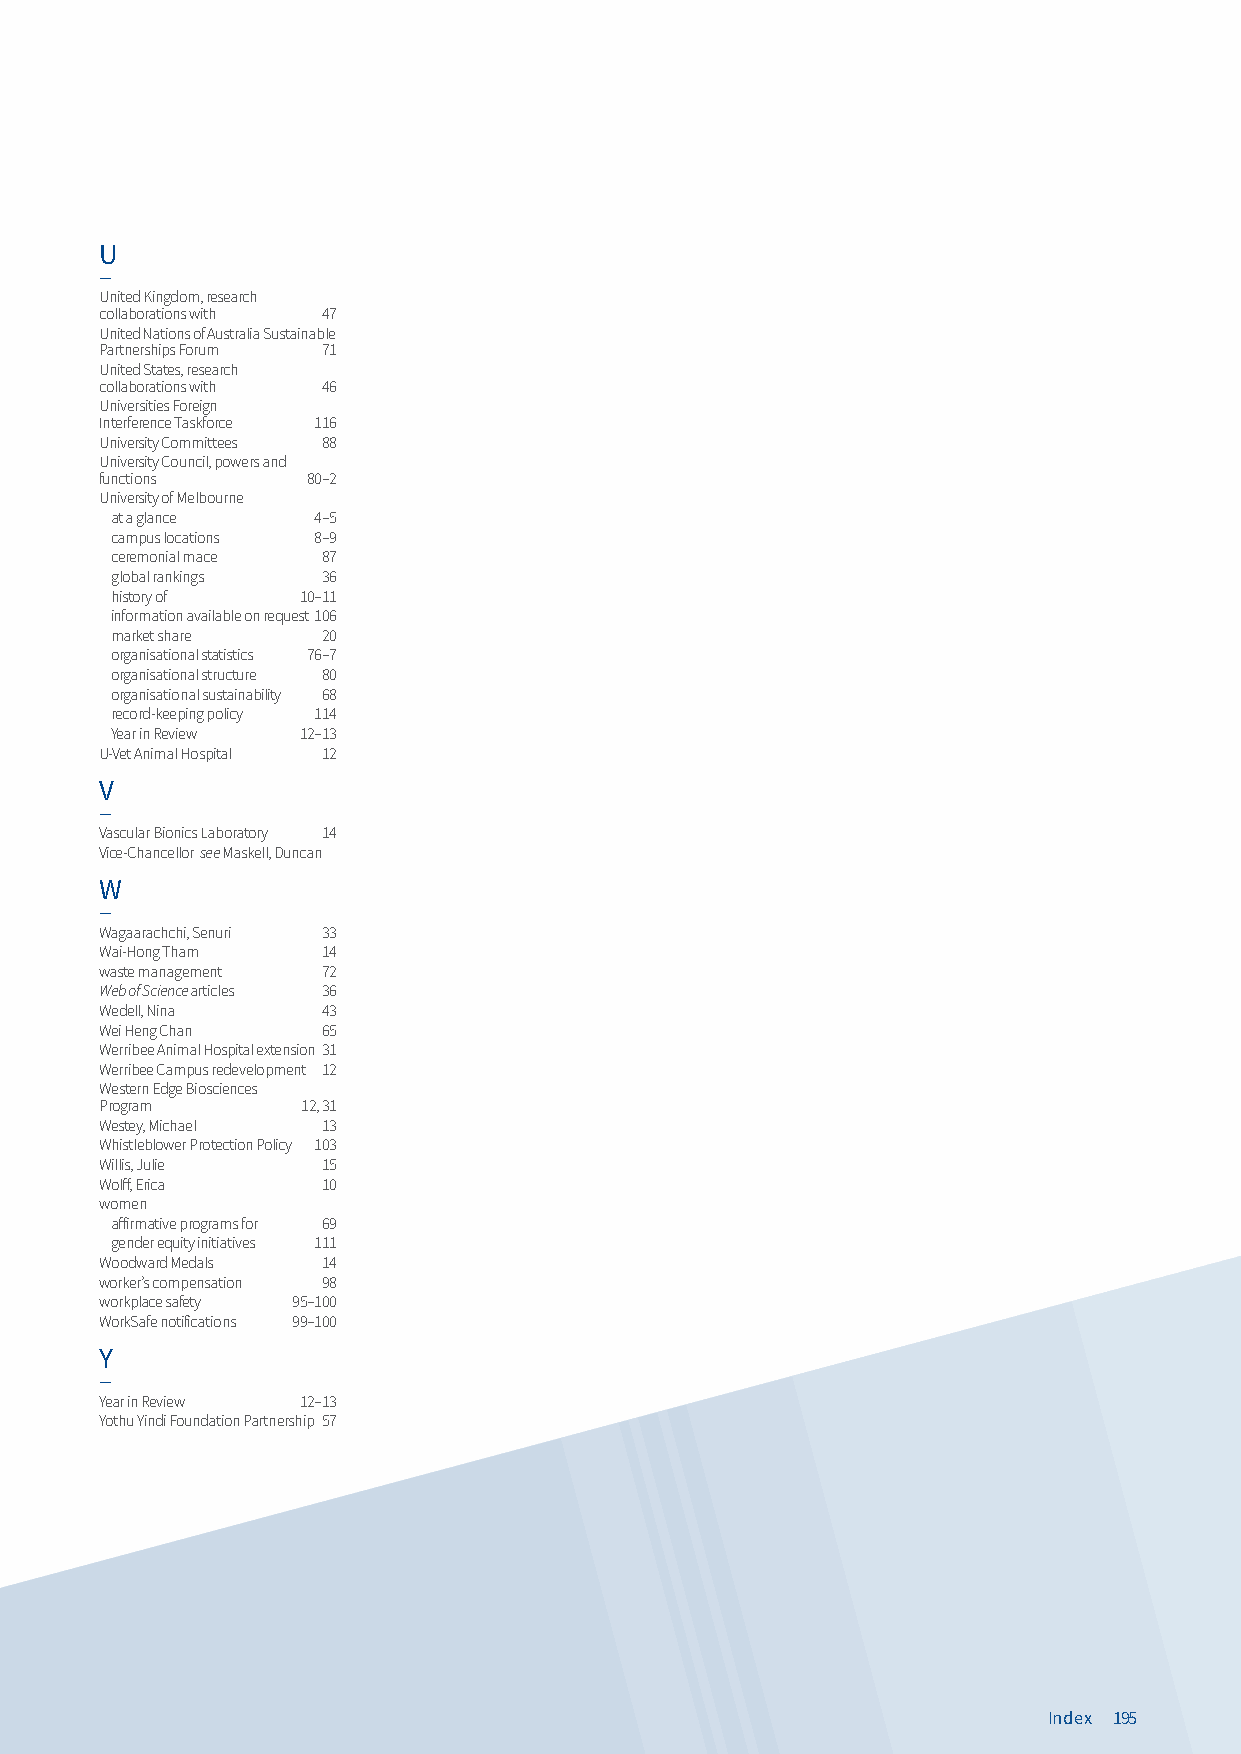
U
 —
 United Kingdom, research
 collaborations with 47
 United Nations of Australia Sustainable
 Partnerships Forum 71
 United States, research
 collaborations with 46
 Universities Foreign
 Interference Taskforce 116
 University Committees 88
 University Council, powers and
 functions    80–2
 University of Melbourne
 at a glance   4–5
 campus locations 8–9
 ceremonial mace 87
 global rankings 36
 history of   10–11
 information available on request 1 06
 market share  20
 organisational statistics 76–7
 organisational structure 80
 organisational sustainability 68
 record-keeping policy 114
 Year in Review 12–13
 U-Vet Animal Hospital 12
 V
 —
 Vascular Bionics Laboratory 14
 Vice-Chancellor see Maskell, Duncan
 W
 —
 Wagaarachchi, Senuri 33
 Wai-Hong Tham 14
 waste management 72
 Web of Science articles 36
 Wedell, Nina  43
 Wei Heng Chan 65
 Werribee Animal Hospital extension 31
 Werribee Campus redevelopment 12
 Western Edge Biosciences
 Program      12, 31
 Westey, Michael 13
 Whistleblower Protection Policy 103
 Willis, Julie 15
 Wolff, Erica  10
 women
 affirmative programs for 69
 gender equity initiatives 111
 Woodward Medals 14
 worker’s compensation 98
 workplace safety 95–100
 WorkSafe notifications 99–100
 Y
 —
 Year in Review 12–13
 Yothu Yindi Foundation Partnership 57
 Index 195